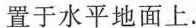
置于水平地面上.